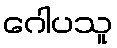
ဂေါပသူ